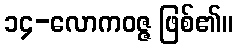
၁၄-လောကဝဇ္ဇ ဖြစ်၏။